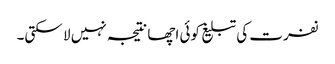
نفرت کی تبلیغ کوئی اچھا نتیجہ نہیں لا سکتی۔